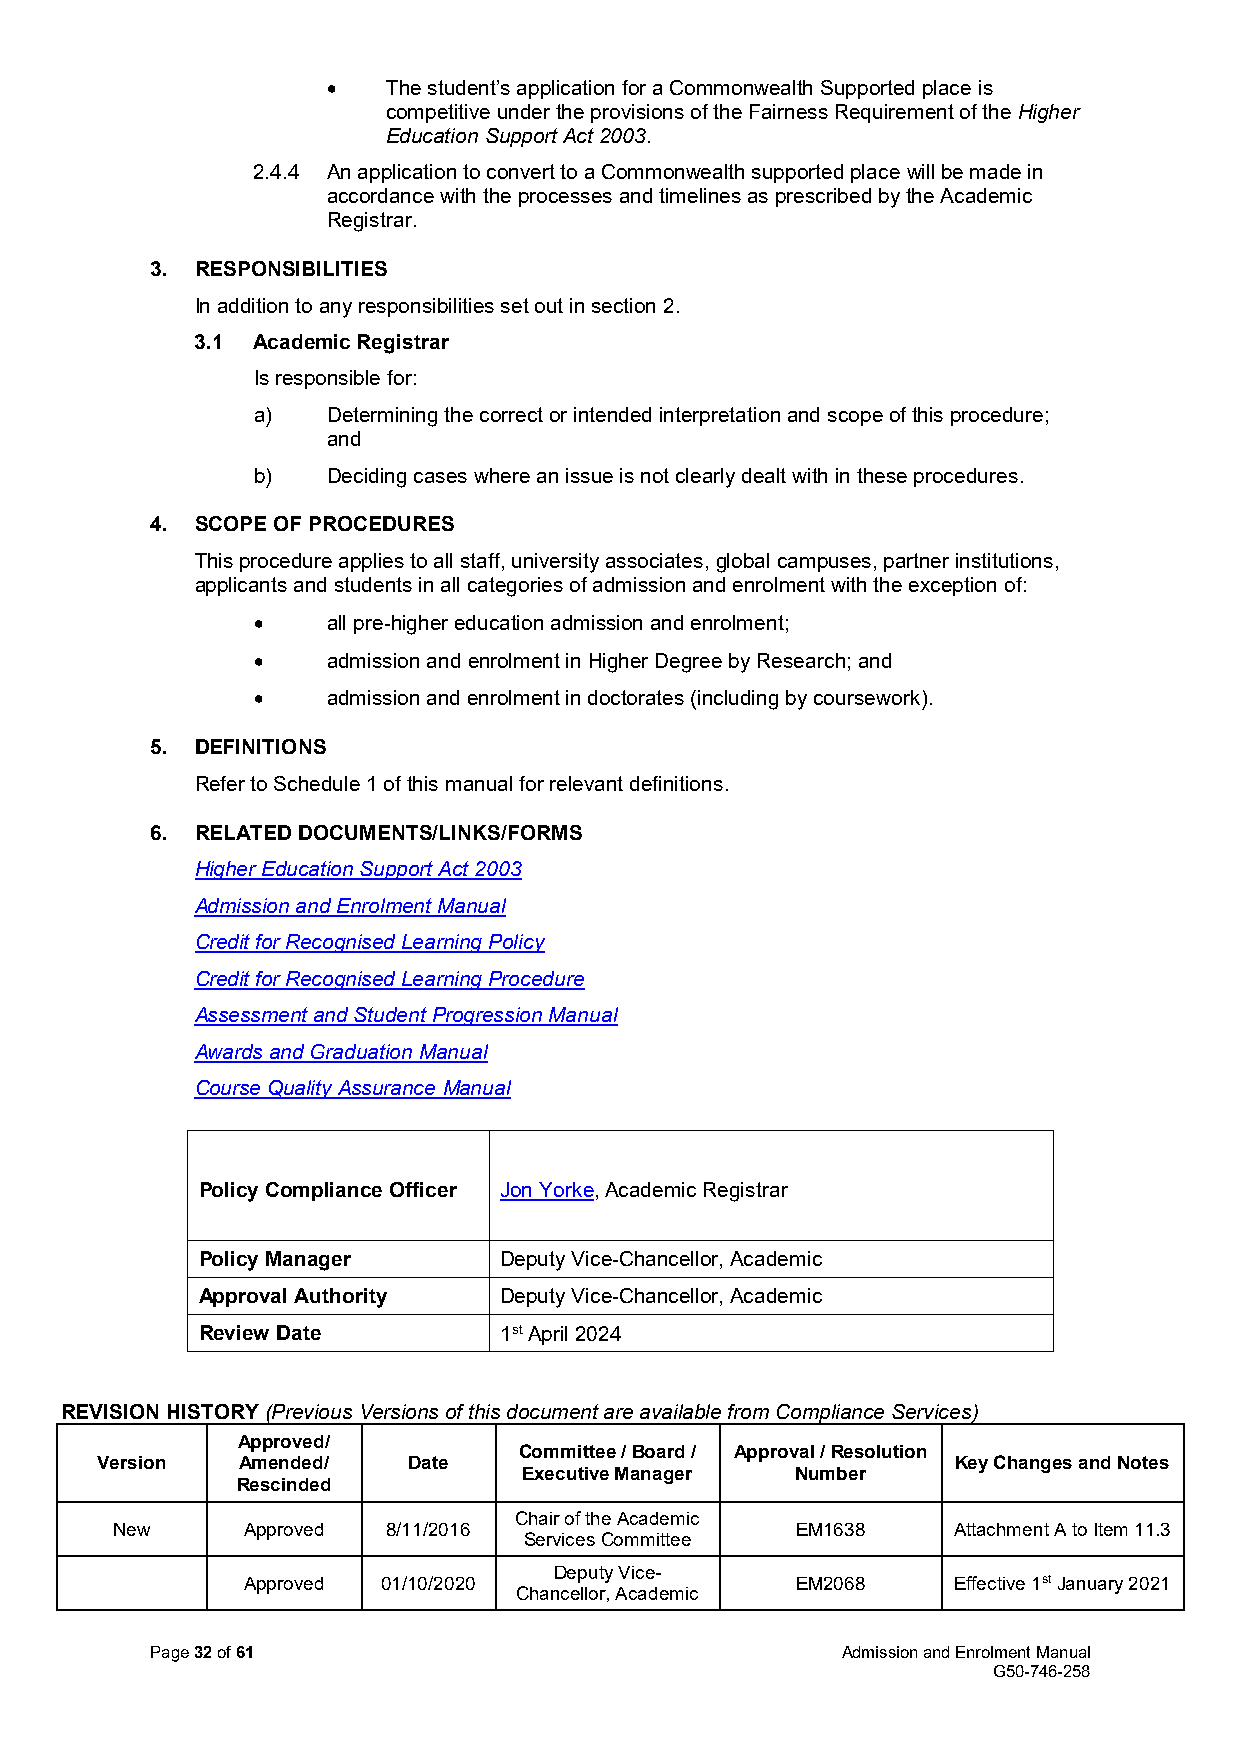
•   The student’s application for a Commonwealth Supported place is
 competitive under the provisions of the Fairness Requirement of the Higher
 Education Support Act 2003.
 2.4.4 An application to convert to a Commonwealth supported place will be made in
 accordance with the processes and timelines as prescribed by the Academic
 Registrar.
 3. RESPONSIBILITIES
 In addition to any responsibilities set out in section 2.
 3.1 Academic Registrar
 Is responsible for:
 a)   Determining the correct or intended interpretation and scope of this procedure;
 and
 b)   Deciding cases where an issue is not clearly dealt with in these procedures.
 4. SCOPE OF PROCEDURES
 This procedure applies to all staff, university associates, global campuses, partner institutions,
 applicants and students in all categories of admission and enrolment with the exception of:
 •    all pre-higher education admission and enrolment;
 •    admission and enrolment in Higher Degree by Research; and
 •    admission and enrolment in doctorates (including by coursework).
 5. DEFINITIONS
 Refer to Schedule 1 of this manual for relevant definitions.
 6. RELATED DOCUMENTS/LINKS/FORMS
 Higher Education Support Act 2003
 Admission and Enrolment Manual
 Credit for Recognised Learning Policy
 Credit for Recognised Learning Procedure
 Assessment and Student Progression Manual
 Awards and Graduation Manual
 Course Quality Assurance Manual
 Policy Compliance Officer Jon Yorke, Academic Registrar
 Policy Manager      Deputy Vice-Chancellor, Academic
 Approval Authority  Deputy Vice-Chancellor, Academic
 Review Date         1st April 2024
 REVISION HISTORY (Previous Versions of this document are available from Compliance Services)
 Approved/
 Committee / Board / Approval / Resolution
 Version   Amended/   Date                                Key Changes and Notes
 Executive Manager Number
 Rescinded
 Chair of the Academic
 New      Approved  8/11/2016                  EM1638    Attachment A to Item 11.3
 Services Committee
 Deputy Vice-
 Approved 01/10/2020                  EM2068    Effective 1st January 2021
 Chancellor, Academic
 Page 32 of 61                                 Admission and Enrolment Manual
 G50-746-258